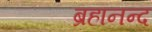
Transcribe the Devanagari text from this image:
ब्रहानन्द